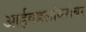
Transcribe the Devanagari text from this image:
आईवडलांबरोबर